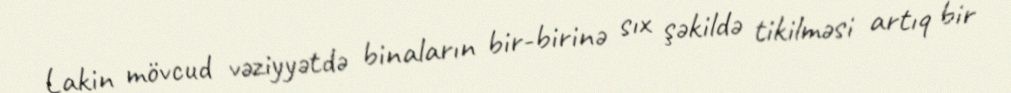
Lakin mövcud vəziyyətdə binaların bir-birinə sıx şəkildə tikilməsi artıq bir